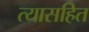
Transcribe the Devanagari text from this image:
त्यासहित